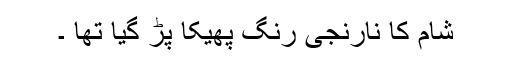
شام کا نارنجی رنگ پھیکا پڑ گیا تھا ۔